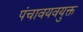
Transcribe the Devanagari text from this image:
पंचावयवयुक्त